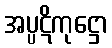
အပ္ပဋိကုဋ္ဌော